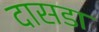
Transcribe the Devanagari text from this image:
दासडा